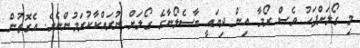
މި ގޯލަށްފަހު ވެސް ރޯމާ އިން ދިޔައީ ބާސެލޯނާގެ ގޯލަށް ނުރައްކާކުރަމުންނެވެ. އެގޮތުން